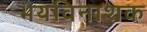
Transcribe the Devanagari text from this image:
भयविनाशक